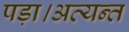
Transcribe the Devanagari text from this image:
पड़ा।अत्यन्त